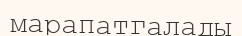
марапатгалады